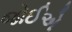
જોઈએ